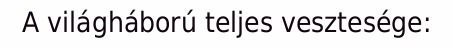
A világháború teljes vesztesége: